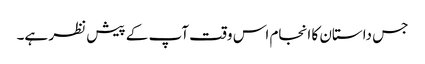
جس داستان کا انجام اس وقت آپ کے پیش نظر ہے۔